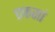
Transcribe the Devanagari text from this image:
एकसां